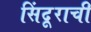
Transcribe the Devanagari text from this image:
सिंदूराची